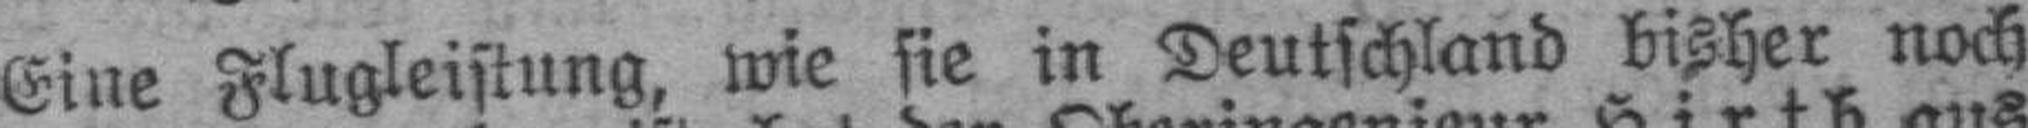
Eine Flugleistung, wie sie in Deutschland bisher noch